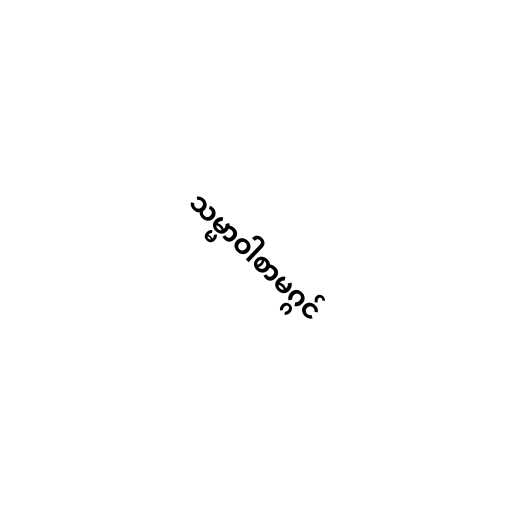
သမ္မာဝါစာမဂ္ဂင်